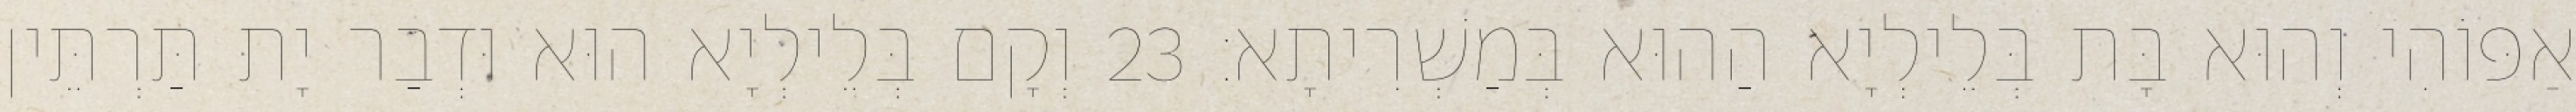
אַפּוֹהִי וְהוּא בָּת בְּלֵילְיָא הַהוּא בְּמַשְׁרִיתָא׃ 23 וְקָם בְּלֵילְיָא הוּא וּדְבַר יָת תַּרְתֵּין